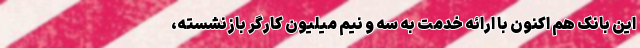
این بانک هم‌ اکنون با ارائه خدمت به سه و نیم میلیون کارگر بازنشسته،